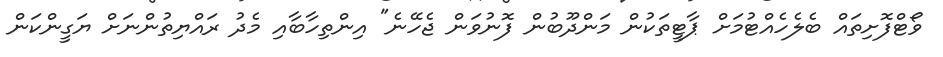
ވޯޓްފޮށިތައް ބެލެހެއްޓުމަށް ޕާޓީތަކުން މަންދޫބުން ފޮނުވަން ޖެހޭނެ" އިންތިހާބާއި މެދު ރައްޔިތުންނަށް ޔަގީންކަން